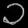
Digit: ၁